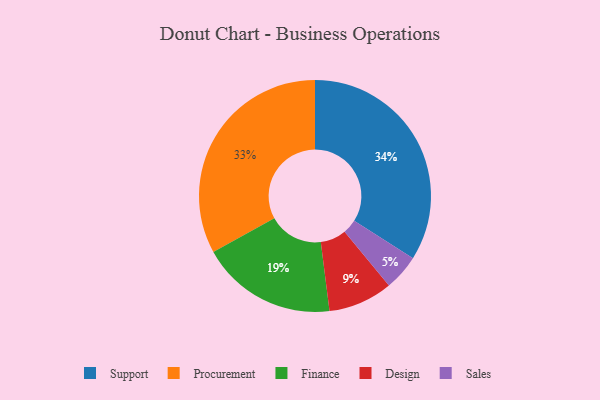
{"axis": {"x": "Category", "y": "Percentage"}, "legend": ["Design", "Finance", "Procurement", "Sales", "Support"], "data": [{"x": "Design", "y": 9, "type": "Design"}, {"x": "Finance", "y": 19, "type": "Finance"}, {"x": "Procurement", "y": 33, "type": "Procurement"}, {"x": "Sales", "y": 5, "type": "Sales"}, {"x": "Support", "y": 34, "type": "Support"}]}